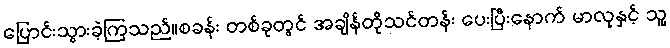
ပြောင်းသွားခဲ့ကြသည်။စခန်း တစ်ခုတွင် အချိန်တိုသင်တန်း ပေးပြီးနောက် မာလုနှင့် သူ့